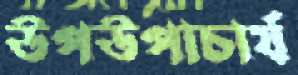
উপউপাচার্য